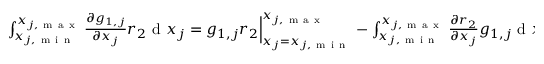
\begin{array} { r } { \int _ { x _ { j , \mathrm { ~ m ~ i ~ n ~ } } } ^ { x _ { j , \mathrm { ~ m ~ a ~ x ~ } } } { \frac { \partial g _ { 1 , j } } { \partial x _ { j } } r _ { 2 } } \mathrm { ~ d ~ } x _ { j } = g _ { 1 , j } r _ { 2 } \Big | _ { x _ { j } = x _ { j , \mathrm { ~ m ~ i ~ n ~ } } } ^ { x _ { j , \mathrm { ~ m ~ a ~ x ~ } } } - \int _ { x _ { j , \mathrm { ~ m ~ i ~ n ~ } } } ^ { x _ { j , \mathrm { ~ m ~ a ~ x ~ } } } { \frac { \partial r _ { 2 } } { \partial x _ { j } } g _ { 1 , j } } \mathrm { ~ d ~ } x _ { j } . } \end{array}